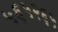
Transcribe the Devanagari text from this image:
५६५२६५